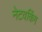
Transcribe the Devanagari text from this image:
नेटवकिंग